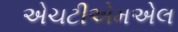
એચટીએમએલ